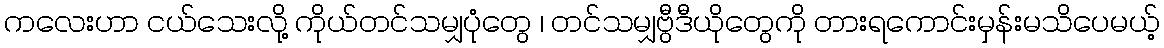
ကလေးဟာ ငယ်သေးလို့ ကိုယ်တင်သမျှပုံတွေ ၊ တင်သမျှဗွီဒီယိုတွေကို တားရကောင်းမှန်းမသိပေမယ့်